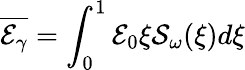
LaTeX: \overline{{\mathcal{E}_{\gamma}}}=\int_{0}^{1}\mathcal{E}_{0}\xi\mathcal{S}_{\omega}(\xi)d\xi